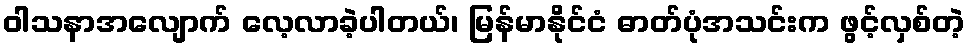
ဝါသနာအလျောက် လေ့လာခဲ့ပါတယ်၊ မြန်မာနိုင်ငံ ဓာတ်ပုံအသင်းက ဖွင့်လှစ်တဲ့